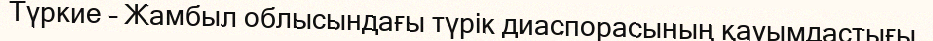
Түркие – Жамбыл облысындағы түрік диаспорасының қауымдастығы.